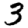
Digit: 3